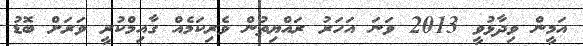
އަމީން ވިދާޅުވީ 2013 ވަނަ އަހަރު ރައްޔިތުން ވެރިކަމެއް ގާއިމްކުރީ ވަރަށް ބޮޑު